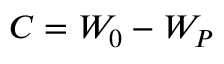
C = W _ { 0 } - W _ { P }